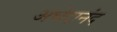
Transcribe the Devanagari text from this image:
अभेदानंद